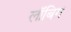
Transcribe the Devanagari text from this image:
लॉबिग